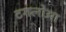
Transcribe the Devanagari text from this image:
टगलोआ